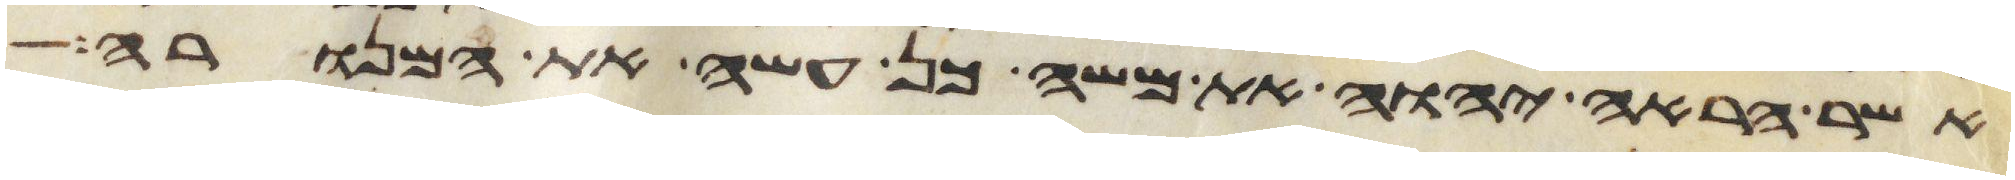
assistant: אשר הראה יהוה את משה כן עשה את המנורה